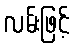
လမ်းဖြင့်